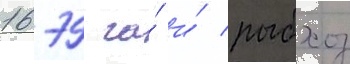
1679 га́ и́ рыбхоз